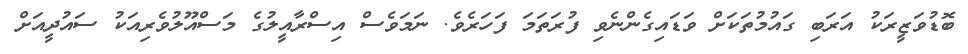
ބޮޑުވަޒީރަކު އަރަބި ގައުމުތަކަށް ވަޑައިގެންނެވި ފުރަތަމަ ފަހަރެވެ. ނަމަވެސް އިސްރާއީލުގެ މަސްއޫލުވެރިއަކު ސައުދީއަށް